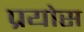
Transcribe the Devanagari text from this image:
प्रयोस